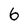
Character: 6